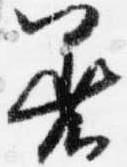
着